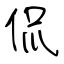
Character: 侃